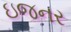
ઇજનર